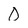
Character: 0